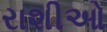
રાશીઓ